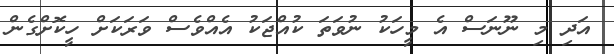
އަދި މި ނޫނަސް އެ މީހަކު ނުވަތަ ކުއްޖަކު އެއްވެސް ވަރަކަށް ހީކޮށްގެން